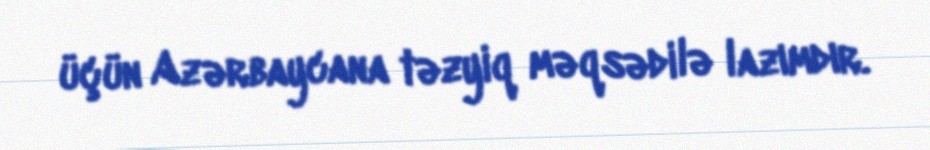
üçün Azərbaycana təzyiq məqsədilə lazımdır.